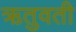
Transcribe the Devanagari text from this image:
ऋतुवती